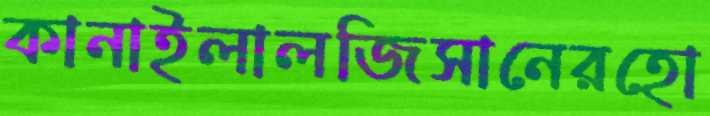
কানাইলালজিসানেরহো